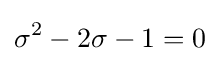
\sigma ^{2}-2\sigma -1=0